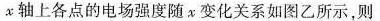
x轴上各点的电场强度随x变化关系如图乙所示，则